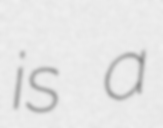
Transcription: is a